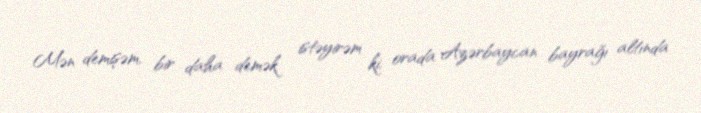
Mən demişəm, bir daha demək istəyirəm ki, orada Azərbaycan bayrağı altında